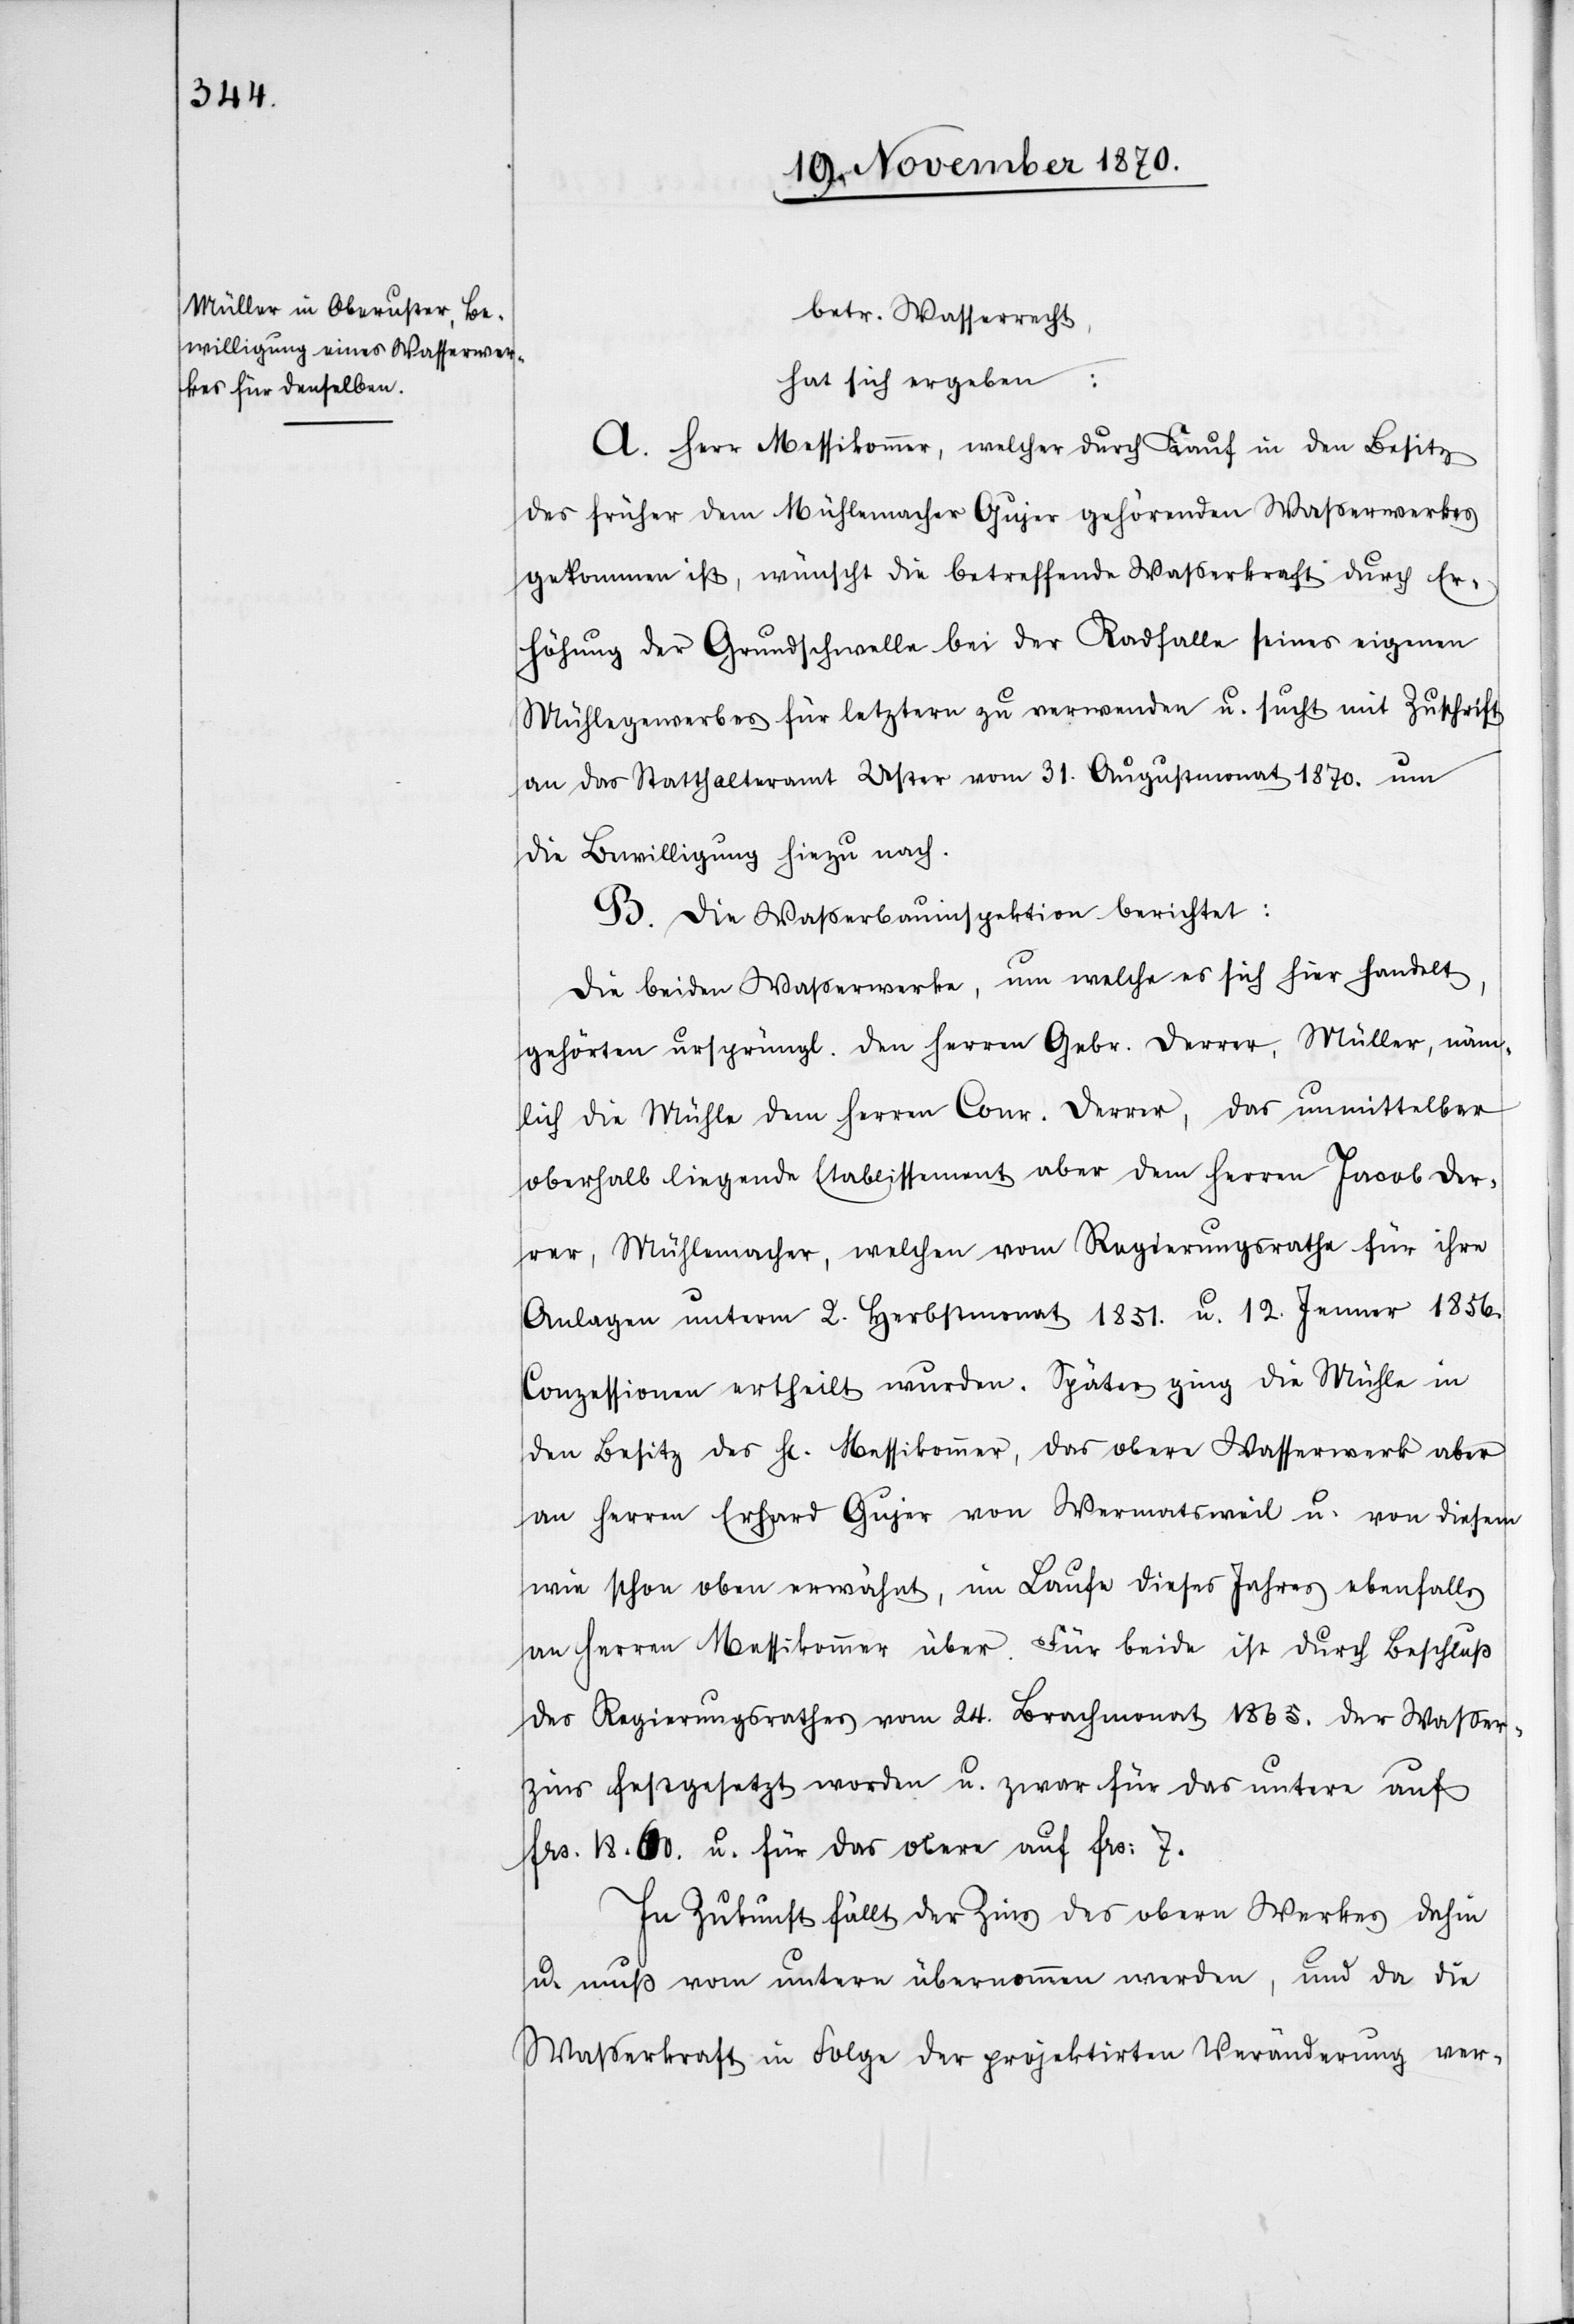
betr. Wasserrecht,
hat sich ergeben:
A. Herr Messikommer, welcher durch Kauf in den Besitz
des früher dem Mühlemacher Gujer gehörenden Wasserwerkes
gekommen ist, wünscht die betreffende Wasserkraft durch Er¬
höhung der Grundschwelle bei der Radfalle seines eigenen
Mühlegewerbes für letztere zu verwenden u. sucht mit Zuschrift
an das Statthalteramt Uster vom 31. Augustmonat 1870. um
die Bewilligung hiezu nach.
B. Die Waßerbauinspektion berichtet:
Die beiden Wasserwerke, um welche es sich hier handelt,
gehörten ursprüngl. den Herren Gebr. Derrer, Müller, näm¬
lich die Mühle dem Herren Conr. Derrer, das unmittelbar
oberhalb liegende Etablissement aber dem Herren Jacob Der¬
rer, Mühlmacher, welchen vom Regierungsrathe für ihre
Anlagen unterm 2. Herbstmonat 1851. u. 12. Jenner 1856.
Conzessionen ertheilt wurden. Später ging die Mühle in
den Besitz des H[errn] Messikommer, das obere Wasserwerk aber
an Herren Erhard Gujer von Wermatsweil u. von diesem
wie schon oben erwähnt, im Laufe dieses Jahres ebenfalls
an Herren Messikommer über. Für beide ist durch Beschluß
des Regierungsrathes vom 24. Brachmonat 1865. der Waßer¬
zins festgesetzt worden u. zwar für das untere auf
Frs. 18.60 u. für das obere auf Frs: 7.
In Zukunft fällt der Zins des obern Werkes dahin
u. muß vom untern übernommen werden, und da die
Wasserkraft in Folge der projektirten Veränderung ver-